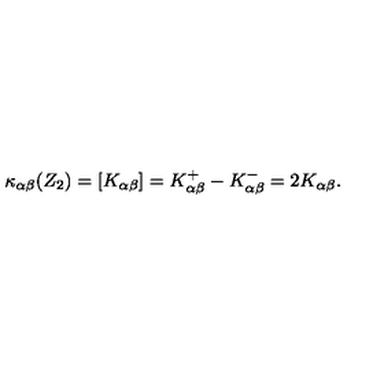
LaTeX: \kappa _ { \alpha \beta } ( Z _ { 2 } ) = [ K _ { \alpha \beta } ] = K _ { \alpha \beta } ^ { + } - K _ { \alpha \beta } ^ { - } = 2 K _ { \alpha \beta } .